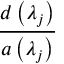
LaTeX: \frac { d \left( \lambda _ { j } \right) } { a \left( \lambda _ { j } \right) }